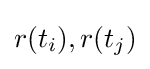
r(t_{i}),r(t_{j})